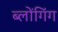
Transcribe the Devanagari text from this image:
ब्लोंगिंग